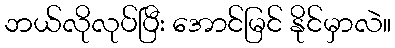
ဘယ်လိုလုပ်ပြီး အောင်မြင် နိုင်မှာလဲ။